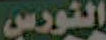
النورس